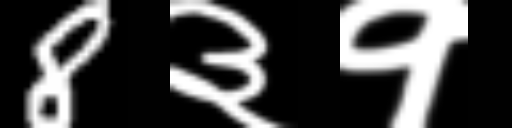
Text: 8३१